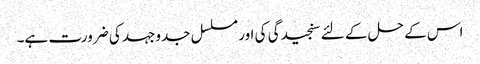
اس کے حل کے لئے سنجیدگی کی اور مسلسل جدوجہد کی ضرورت ہے۔